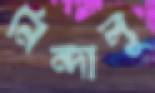
নিন্দালু